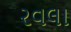
રવલા